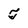
Character: T